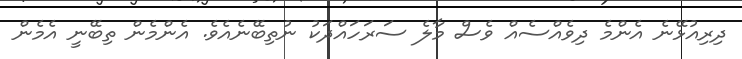
ދިރިއުޅޭނެ އެންމެ ދިވެއްސެއް ވެސް މާލެ ސަރަހައްދަކު ނުތިބޭނެއެވެ. އެންމެން ތިބޭނީ އެމެން